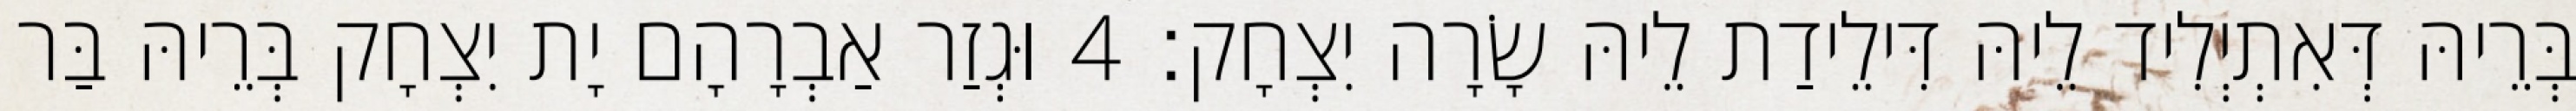
בְּרֵיהּ דְּאִתְיְלִיד לֵיהּ דִּילֵידַת לֵיהּ שָׂרָה יִצְחָק׃ 4 וּגְזַר אַבְרָהָם יָת יִצְחָק בְּרֵיהּ בַּר